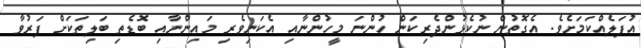
އުފަލެއްކަމަށެވެ. އެގޮތުން ނުކެޅުންދެރިކަން ހުންނަ މީހުންނާއި އެކަނިވެރި މައިންނާއި ބޮޑެތި ބަލިތަކަށް ފަރުވާ